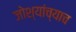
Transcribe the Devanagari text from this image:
जोश्यांच्याच